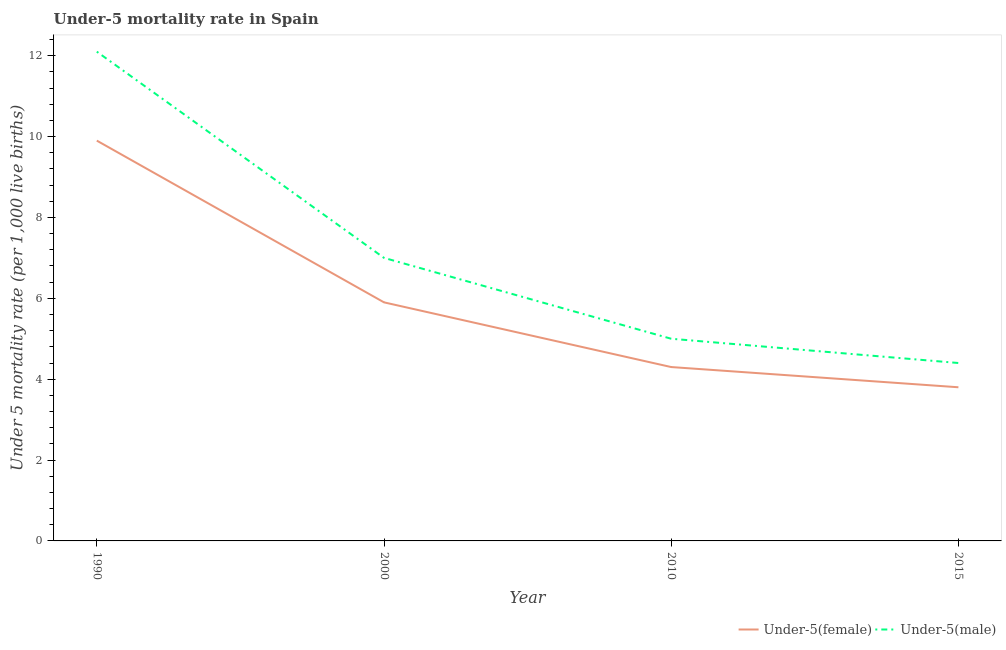
| Year | Under-5(female) | Under-5(male) |
 | --- | --- | --- |
 | 1990 | 9.9 | 12.1 |
 | 2000 | 5.9 | 7 |
 | 2010 | 4.3 | 5 |
 | 2015 | 3.8 | 4.4 |